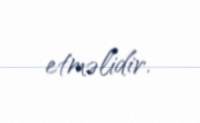
etməlidir.